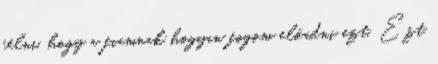
félni, hogy a fiamnak hogyan fogom előadni ezt. Ezt